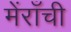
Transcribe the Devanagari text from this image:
मेंराँची